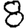
Digit: 8